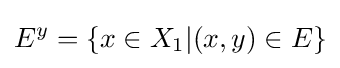
E^{y}=\{x\in X_{1}|(x,y)\in E\}